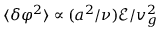
\langle \delta \varphi ^ { 2 } \rangle \propto ( a ^ { 2 } / \nu ) \mathscr { E } / v _ { g } ^ { 2 }